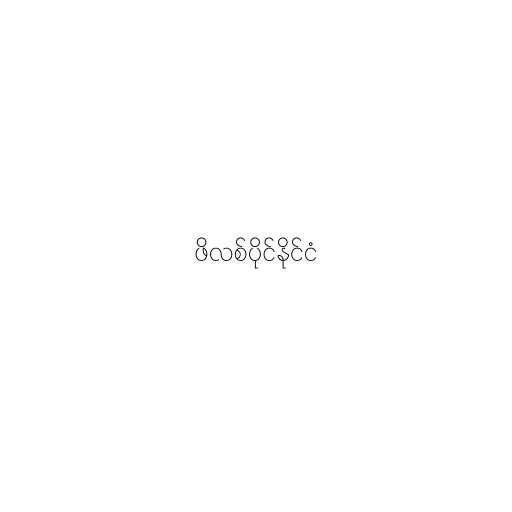
ဖိလစ်ပိုင်နိုင်ငံ